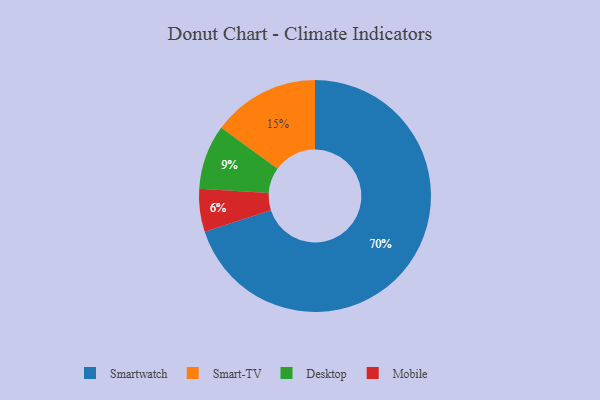
{"axis": {"x": "Category", "y": "Percentage"}, "legend": ["Desktop", "Mobile", "Smart-TV", "Smartwatch"], "data": [{"x": "Smartwatch", "y": 70, "type": "Smartwatch"}, {"x": "Smart-TV", "y": 15, "type": "Smart-TV"}, {"x": "Desktop", "y": 9, "type": "Desktop"}, {"x": "Mobile", "y": 6, "type": "Mobile"}]}